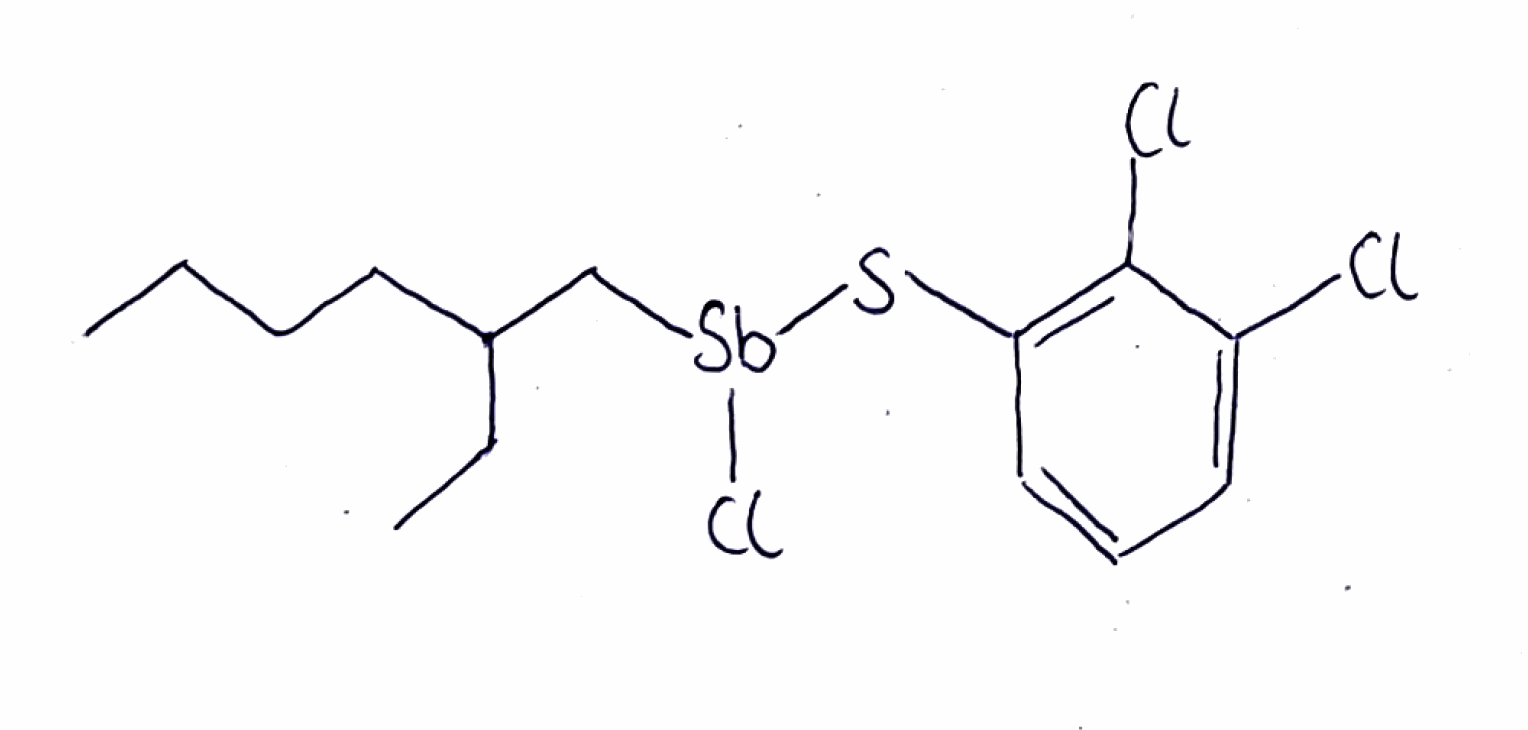
Simplified molecular-input line-entry system (SMILES) notation of the given molecule:
CCCCC(CC)C[Sb](SC1=C(C(=CC=C1)Cl)Cl)Cl